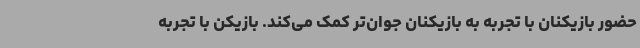
حضور بازیکنان با تجربه به بازیکنان جوان‌تر کمک می‌کند. بازیکن با تجربه